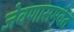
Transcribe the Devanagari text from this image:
जेवणासमवेत